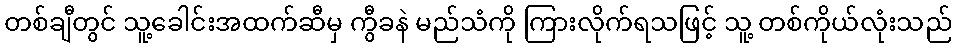
တစ်ချီတွင် သူ့ခေါင်းအထက်ဆီမှ ကွီခနဲ မည်သံကို ကြားလိုက်ရသဖြင့် သူ့ တစ်ကိုယ်လုံးသည်